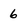
Character: 6